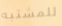
للمشتبه